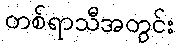
တစ်ရာသီအတွင်း